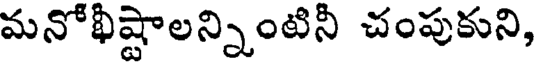
మనోభిష్టాలన్నింటినీ చంపుకుని,